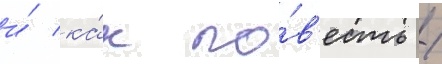
и́ ка́к по́в'есть /